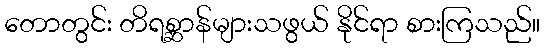
တောတွင်း တိရစ္ဆာန်များသဖွယ် နိုင်ရာ စားကြသည်။